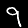
Digit: 9